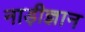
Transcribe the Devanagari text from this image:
नाड़ीज्ञान